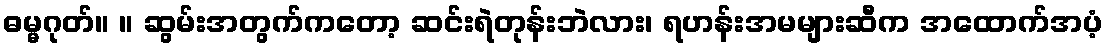
ဓမ္မဂုတ်။ ။ ဆွမ်းအတွက်ကတော့ ဆင်းရဲတုန်းဘဲလား၊ ရဟန်းအမများဆီက အထောက်အပံ့